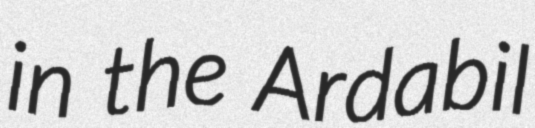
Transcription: in the Ardabil